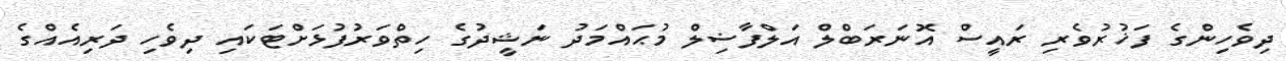
ދިވެހިންގެ ފަޚުރުވެރި ރައީސް އޮނަރަބްލް އަލްފާޟިލް މުޙައްމަދު ނަޝީދުގެ ހިތްވަރުފުޅަށްޓަކައި ދިވެހި ދަރިއެއްގެ